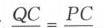
\(QC = PC\)